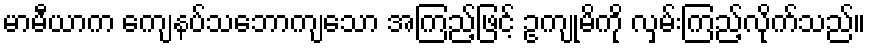
မာမီယာက ကျေနပ်သဘောကျသော အကြည့်ဖြင့် ဥကျုမိကို လှမ်းကြည့်လိုက်သည်။